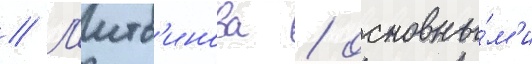
// Л'итв'инова / основны́м'и